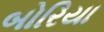
બોરિયા